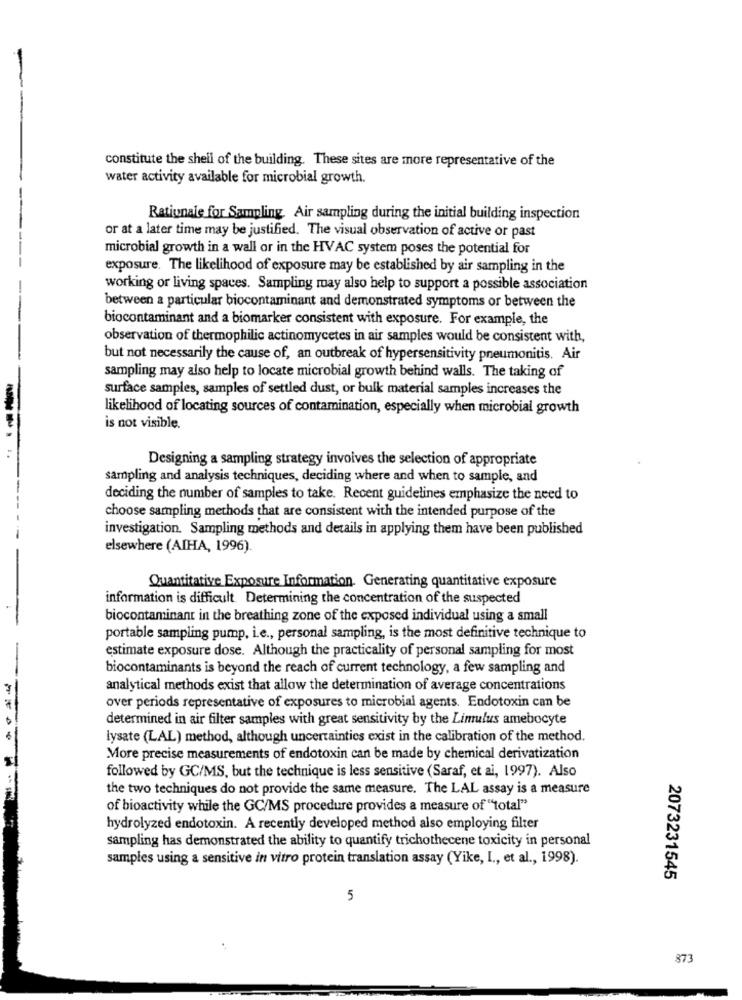
constitute the shell of the building. These sites are more representative of the
water activity available for microbial growth.
Rationale for Sampling. Air sampling during the initial building inspection
or at a later time may be justified. The visual observation of active or past
microbial growth in a wall or in the HVAC system poses the potential for
exposure. The likelihood of exposure may be established by air sampling in the
working or living spaces. Sampling may also help to support a possible association
between a particular biocontaminant and demonstrated symptoms or between the
biocontaminant and a biomarker consistent with exposure. For example, the
observation of thermophilic actinomycetes in air samples would be consistent with,
but not necessarily the cause of, an outbreak of hypersensitivity pneumonitis. Air
sampling may also help to locate microbial growth behind walls. The taking of
surface samples, samples of settled dust, or bulk material samples increases the
likelihood of locating sources of contamination, especially when microbial growth
is not visible.
Designing a sampling strategy involves the selection of appropriate
sampling and analysis techniques, deciding where and when to sample, and
deciding the number of samples to take. Recent guidelines emphasize the need to
choose sampling methods that are consistent with the intended purpose of the
investigation. Sampling methods and details in applying them have been published
elsewhere (AIHA, 1996).
Quantitative Exposure Information. Generating quantitative exposure
information is difficult. Determining the concentration of the suspected
biocontaminant in the breathing zone of the exposed individual using a small
portable sampling pump, i.e ., personal sampling, is the most definitive technique to
estimate exposure dose. Although the practicality of personal sampling for most
biocontaminants is beyond the reach of current technology, a few sampling and
analytical methods exist that allow the determination of average concentrations
over periods representative of exposures to microbial agents. Endotoxin can be
determined in air filter samples with great sensitivity by the Limulus amebocyte
lysate (LAL) method, although uncertainties exist in the calibration of the method.
More precise measurements of endotoxin can be made by chemical derivatization
followed by GC/MS, but the technique is less sensitive (Saraf, et ai, 1997). Also
the two techniques do not provide the same measure. The LAL assay is a measure
....--
of bioactivity while the GC/MS procedure provides a measure of "total"
hydrolyzed endotoxin. A recently developed method also employing filter
sampling has demonstrated the ability to quantify trichothecene toxicity in personal
samples using a sensitive in vitro protein translation assay (Yike, I ., et al ., 1998).
2073231545
5
873